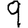
Digit: 9